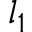
l _ { 1 }